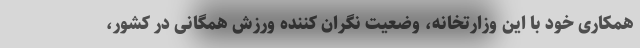
همکاری خود با این وزارتخانه، وضعیت نگران کننده ورزش همگانی در کشور،